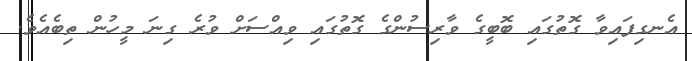
އެނގިފައިވާ ގޮތުގައި ބޮބީގެ ވާރިސުންގެ ގޮތުގައި ވިއްސަށް ވުރެ ގިނަ މީހުން ތިބެއެވެ.